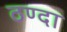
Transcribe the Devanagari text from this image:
ठण्दा